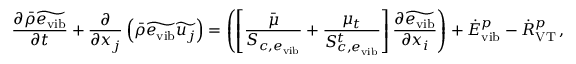
\frac { \partial \bar { \rho } \widetilde { e _ { \mathrm { v i b } } } } { \partial t } + \frac { \partial } { \partial x _ { j } } \left( \bar { \rho } \widetilde { e _ { \mathrm { v i b } } } \widetilde { u _ { j } } \right) = \left( \left[ \frac { \bar { \mu } } { S _ { c , e _ { \mathrm { v i b } } } } + \frac { \mu _ { t } } { S _ { c , e _ { \mathrm { v i b } } } ^ { t } } \right] \frac { \partial \widetilde { e _ { \mathrm { v i b } } } } { \partial x _ { i } } \right) + { \dot { E } } _ { \mathrm { v i b } } ^ { p } - { \dot { R } } _ { \mathrm { V T } } ^ { p } \, \mathrm { , }